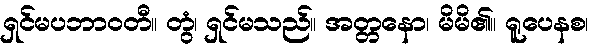
ရှင်မပဘာဝတီ။ တွံ၊ ရှင်မသည်။ အတ္တနော၊ မိမိ၏။ ရူပေနစ၊